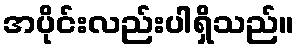
အပိုင်းလည်းပါရှိသည်။